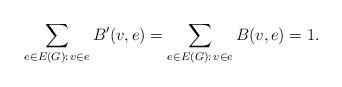
LaTeX: \begin{align*}\sum_{e\in E(G):\,v\in e}B'(v,e)=\sum_{e\in E(G):\,v\in e}B(v,e)=1.\end{align*}